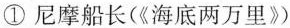
①尼摩船长(《海底两万里》)